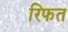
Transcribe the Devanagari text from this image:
रिफत